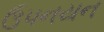
ઉપનયન